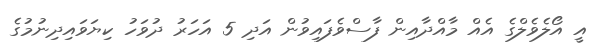
އީ އޯލެވެލްގެ އެއް މާއްދާއިން ފާސްވެފައިވުން އަދި 5 އަހަރު ދުވަހު ކިޔަވައިދިނުމުގެ